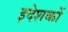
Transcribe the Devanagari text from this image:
इदेशकों